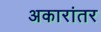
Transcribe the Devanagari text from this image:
अकारांतर